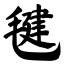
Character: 毽